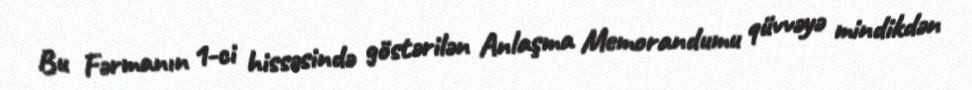
Bu Fərmanın 1-ci hissəsində göstərilən Anlaşma Memorandumu qüvvəyə mindikdən